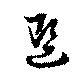
選